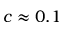
c \approx 0 . 1